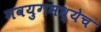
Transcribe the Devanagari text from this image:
नवयुगमध्येच